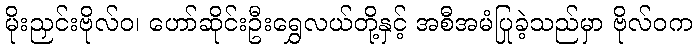
မိုးညှင်းဗိုလ်ဝ၊ ဟော်ဆိုင်းဦးရွှေလယ်တို့နှင့် အစီအမံပြုခဲ့သည်မှာ ဗိုလ်ဝက